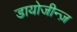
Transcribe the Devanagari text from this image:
डायोजीन्ज़